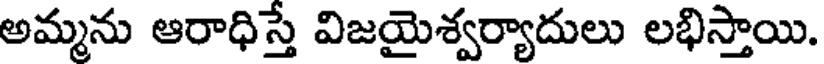
అమ్మను ఆరాధిస్తే విజయైశ్వర్యాదులు లభిస్తాయి.